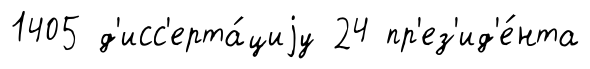
1405 д'исс'ерта́циjу 24 пр'ез'ид'е́нта